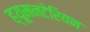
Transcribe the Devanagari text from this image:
ह्यूमनटेरियन